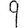
Digit: 9